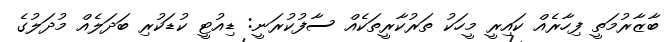
ބާޒާރުމަތީ ފިހާރެއް ކައިރީ މީހަކު ތަރުކާރީތަކެއް ސާފުކުރަނީ: ޑިއުޓީ ކުޑަކުރި ބަދަލެއް މުދަލުގެ